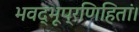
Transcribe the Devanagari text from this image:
भवद्भूप्रणिहितां।